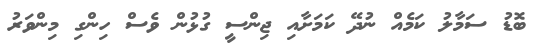
ބޮޑު ސަމާލު ކަމެއް ނުދޭ ކަމަށާއި ޖިންސީ ގުޅުން ވެސް ހިންގި މިންވަރު